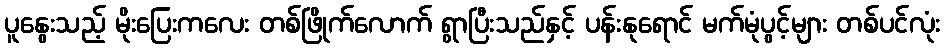
ပူနွေးသည့် မိုးပြေးကလေး တစ်ဖြိုက်လောက် ရွာပြီးသည်နှင့် ပန်းနုရောင် မက်မုံပွင့်များ တစ်ပင်လုံး